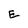
Character: E